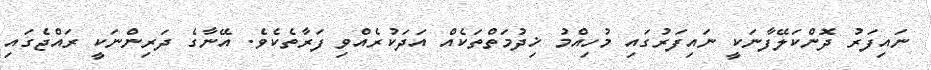
ނައިފަރު ދޮންކަލޭފާނަކީ ނައިފަރުގައި މުހިއްމު ޚިދުމަތްތަކެއް އަދަކުރެއްވި ފަރާތެކެވެ. އޭނާގެ ދަރިންނަކީ ރައްޖެގައި